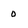
Character: 0